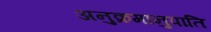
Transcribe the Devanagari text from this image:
अनुक्रमानुपाति